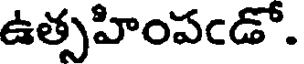
ఉత్సహింపండో.